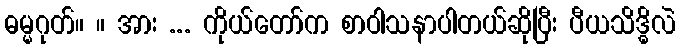
ဓမ္မဂုတ်။ ။ အား ... ကိုယ်တော်က စာဝါသနာပါတယ်ဆိုပြီး ပီယသိဒ္ဓိလဲ